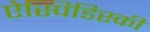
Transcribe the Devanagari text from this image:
ऐस्पिडिस्की